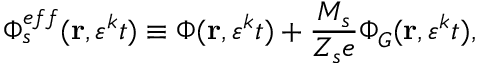
\Phi _ { s } ^ { e f f } ( \mathbf { r } , \varepsilon ^ { k } t ) \equiv \Phi ( \mathbf { r } , \varepsilon ^ { k } t ) + \frac { M _ { s } } { Z _ { s } e } \Phi _ { G } ( \mathbf { r } , \varepsilon ^ { k } t ) ,